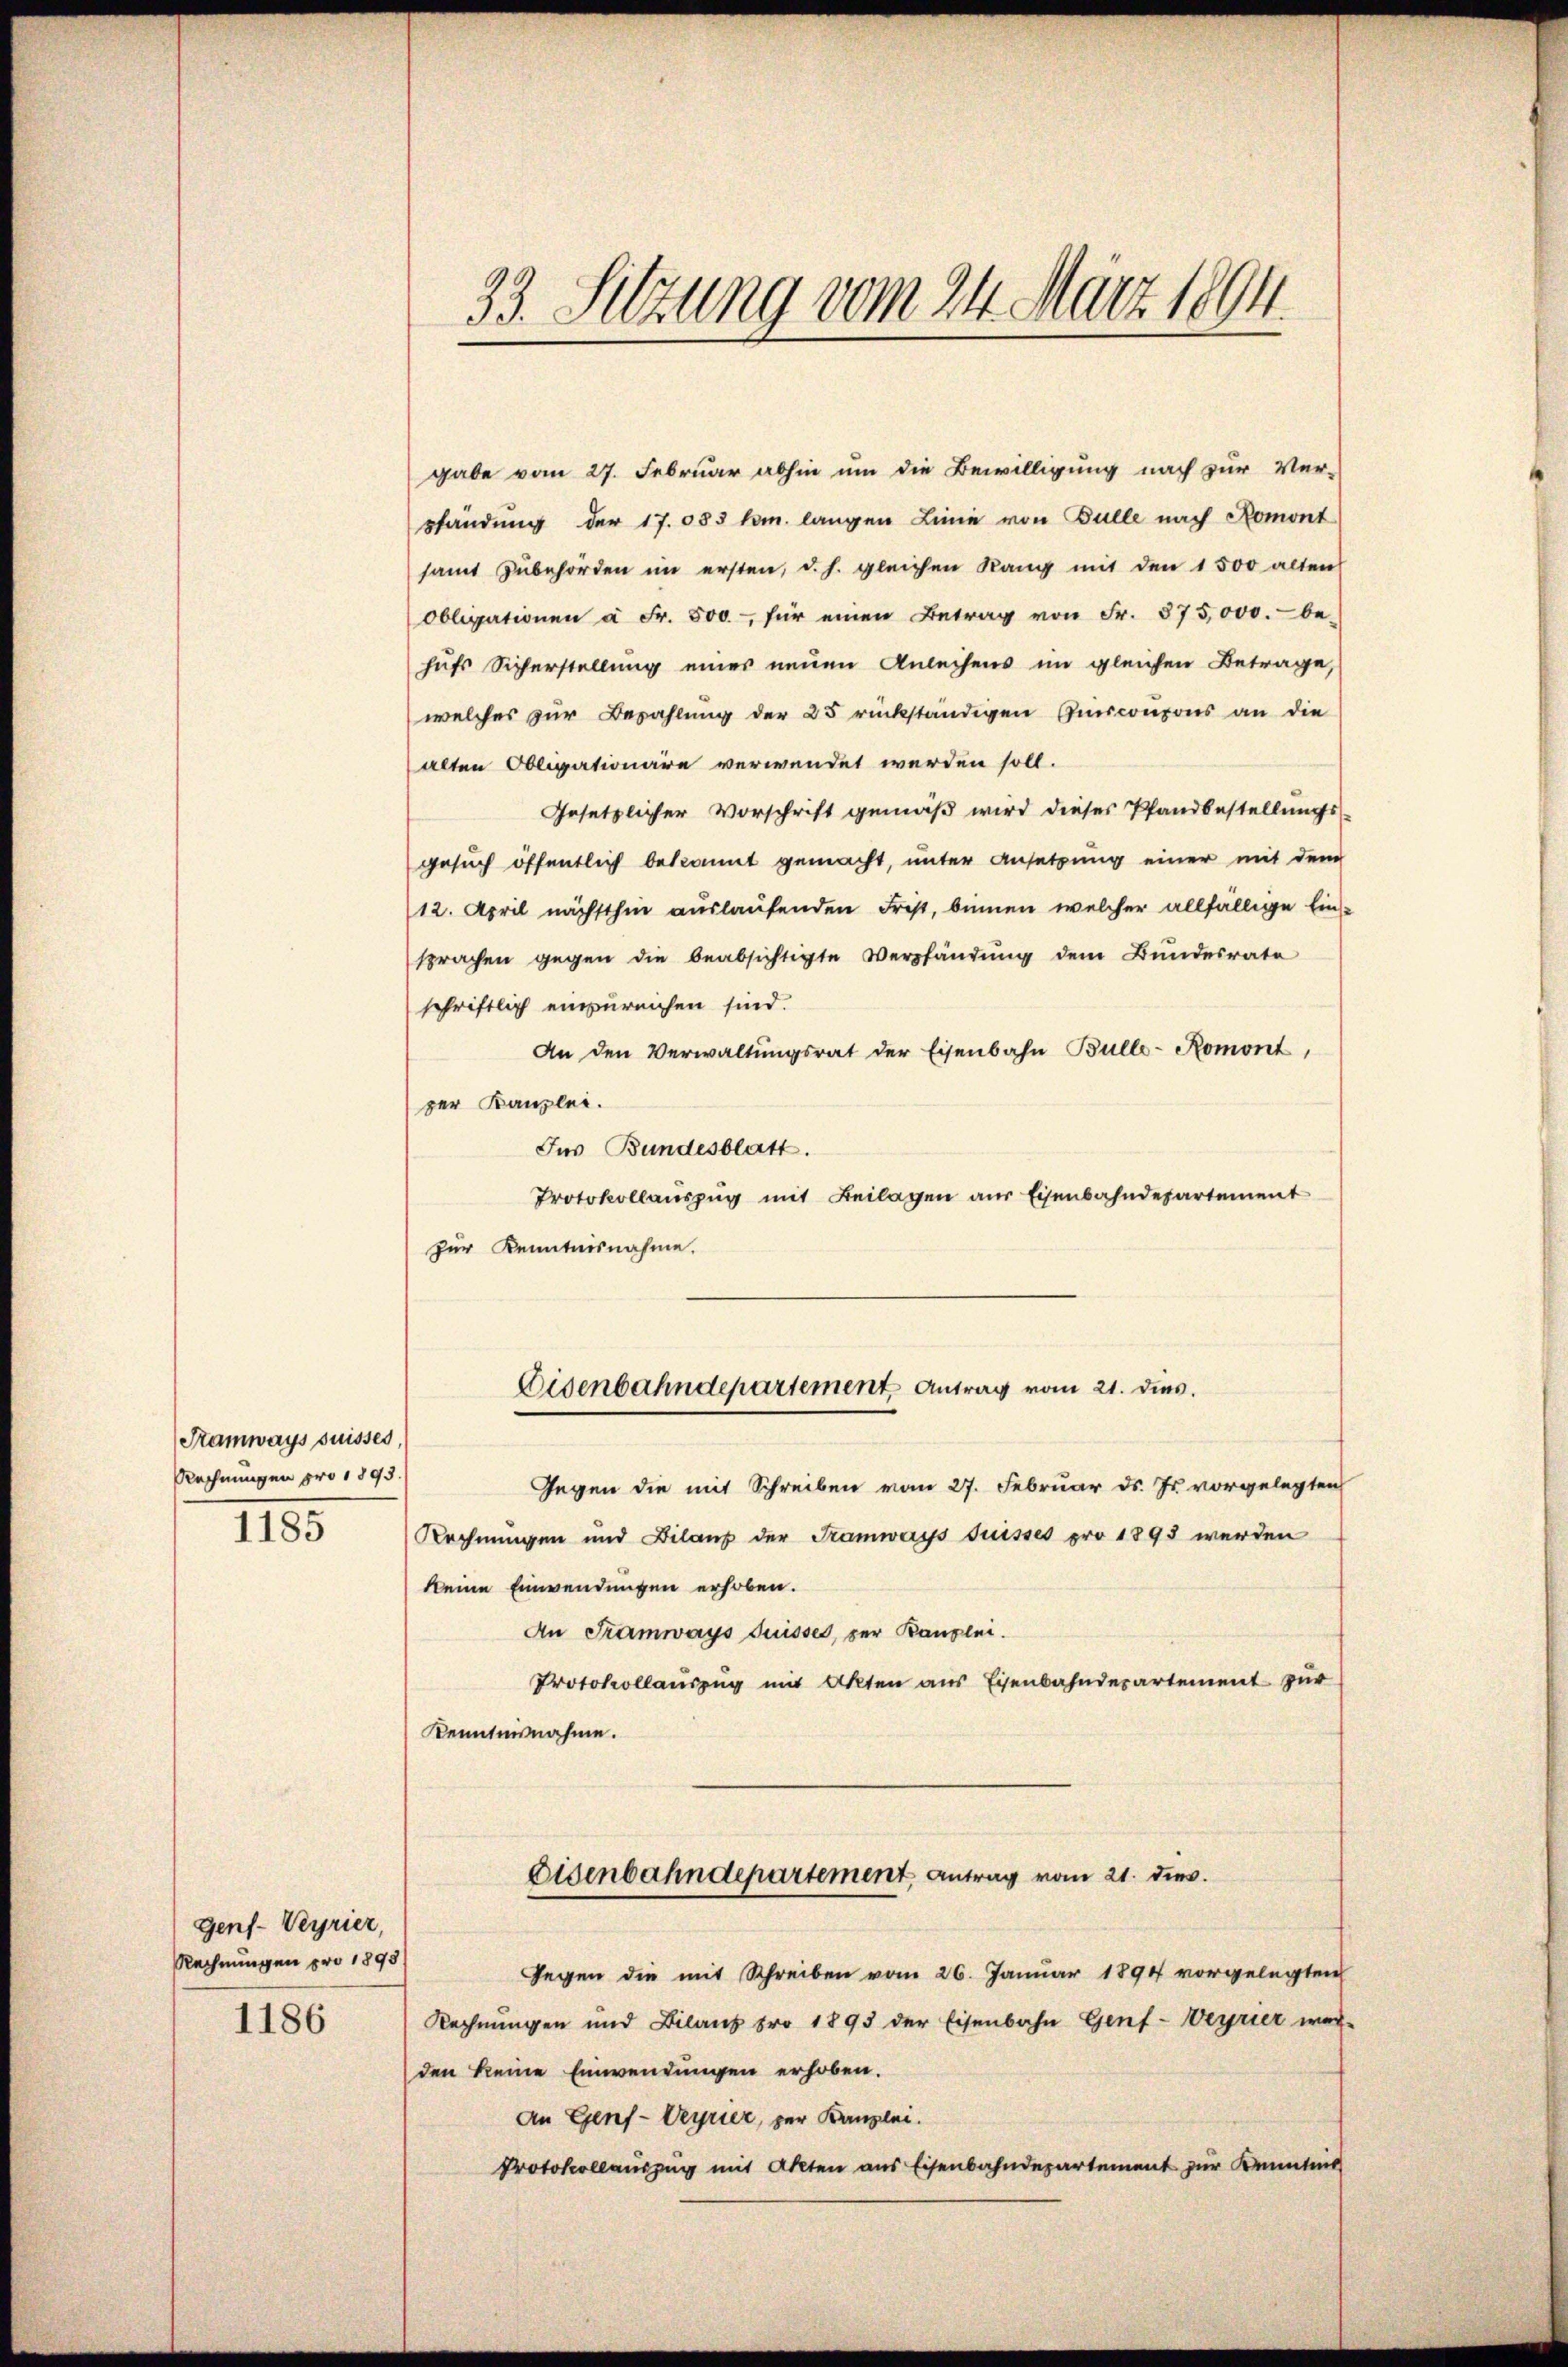
Stamways suisses,
Rechnungen pro 1893.
1185

Gens-Verrier,
Rechnungen pro 1895
1186

gabe vom 27. Februar abhin um die Bewilligung nach zur Ver-
sfändung der 17.083 kr. langen Linie von Bulle nach Romont
samt zŭbehörden im ersten, d. h. gleichen Rang mit den 1500 alten
Obligationen à Fr. 500 für einen Betrag von Fr. 875,000.- be-
hufs Sicherstellung einer neuen Anleihens im gleichen Betrage,
welches zur Bezahlung der 25 rückständigen Pinconsons an die
alten Obligationäre verwendet werden soll.
Gesetzlicher Vorschrift gemäß wird dieses Pfandbestellungs-
gesuch öffentlich bekannt gemacht, unter Ansetzung einer mit dem
12. April nächsthin auslaufenden Frist, binnen welcher allfällige Einsprachen gegen die beabsichtigte Verpfändŭng dem Bŭndesrate
schriftlich einzureichen sind.
An den Verwaltŭngsrat der Eisenbahn Bulle-Romont,
zer Kanzlei.
Ins Bundesblatt.
Protokollauszug mit Beilagen aus Eisenbahndepartement
zur Kenntnisnahme.

33. Setzung vom 24. März 1894.

Gegen die mit Schreiben vom 27. Februar d. Js. vorgelegten
Rechnungen und Bilanz der Tramways Suisses pro 1893 werden
keine Einwendungen erhoben.
An Tramways duisses, per Banzlei.
Protokollauszug mit Akten aus Eisenbahndepartement zur
Kenntnisnahme.
Eisenbahndepartement Antrag vom 21. dies.
Gegen die mit Schreiben vom 26. Januar 1891 vorgelegten
Rechnungen und Bilanz pro 1895 der Eisenbahn Genf-Weyrier werden keine Einwendungen erhoben.
An Genf-Veyrier, zur Kanzlei.
Protokollauszug mit Akten aus Eisenbahndepartement zur Kenntnis

Disenbahndepartement Antrag vom 21. dies.